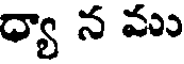
ధ్యా న ము